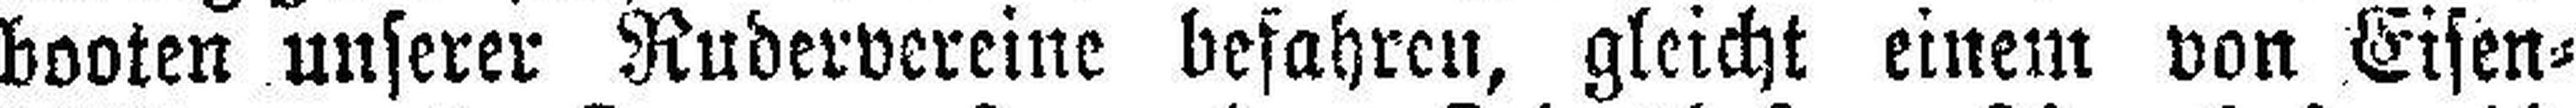
booten unserer Rudervereine befahren, gleicht einem von Eisen¬